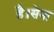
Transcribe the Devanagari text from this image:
है।सेना